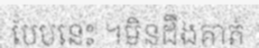
បែបនេះ ។មិនដឹងគាត់